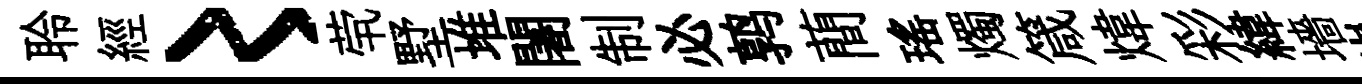
聆經〻茕墅堆闍制必鹑蕳瑤燭箴煒彩緯墻嵐